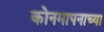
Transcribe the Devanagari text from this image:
कोनमापनाच्या